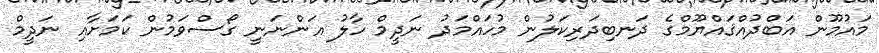
މައުމޫން އަބްދުއްޤައްޔޫމްގެ ދަނބިދަރިކަލުން މުހައްމަދު ނަދީމް ހާލު އަންނަނީ ގޯސްވަމުން ކަމަށާއި ނަދީމް